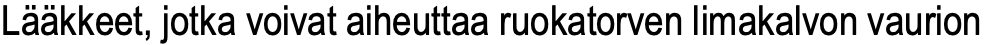
Lääkkeet, jotka voivat aiheuttaa ruokatorven limakalvon vaurion